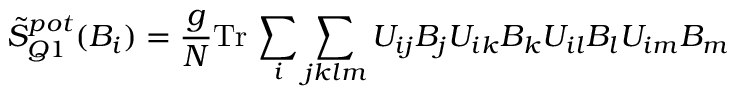
\tilde { S } _ { Q 1 } ^ { p o t } ( B _ { i } ) = \frac { g } { N } \mathrm { T r } \, \sum _ { i } \sum _ { j k l m } U _ { i j } B _ { j } U _ { i k } B _ { k } U _ { i l } B _ { l } U _ { i m } B _ { m }